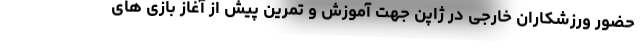
حضور ورزشکاران خارجی در ژاپن جهت آموزش و تمرین پیش از آغاز بازی های